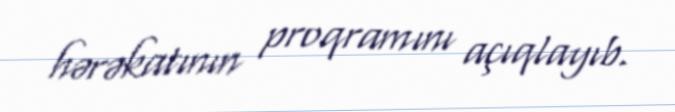
hərəkatının proqramını açıqlayıb.